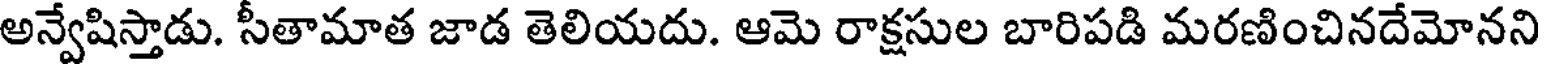
అన్వేషిస్తాడు. సీతామాత జాడ తెలియదు. ఆమె రాక్షసుల బారిపడి మరణించినదేమోనని